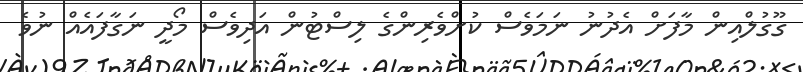
ގޫގުލްއިން މާފަށް އެދުނު ނަމަވެސް ކުށްވެރިންގެ ލިސްޓުން އަދިވެސް މޯދީ ނަގާފައެއް ނުވެ